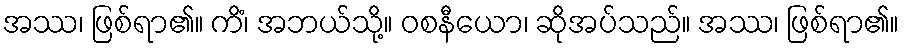
အဿ၊ ဖြစ်ရာ၏။ ကိံ၊ အဘယ်သို့။ ဝစနီယော၊ ဆိုအပ်သည်။ အဿ၊ ဖြစ်ရာ၏။